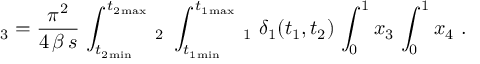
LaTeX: \d R _ { 3 } = \frac { \pi ^ { 2 } } { 4 \, \beta \, s } \, \int _ { t _ { 2 \operatorname * { m i n } } } ^ { t _ { 2 \operatorname * { m a x } } } \, \d t _ { 2 } \ \int _ { t _ { 1 \operatorname * { m i n } } } ^ { t _ { 1 \operatorname * { m a x } } } \, \d t _ { 1 } \ \delta _ { 1 } ( t _ { 1 } , t _ { 2 } ) \, \int _ { 0 } ^ { 1 } \d x _ { 3 } \, \int _ { 0 } ^ { 1 } \d x _ { 4 } \ .